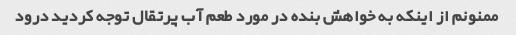
ممنونم از اینکه به خواهش بنده در مورد طعم آب پرتقال توجه کردید درود